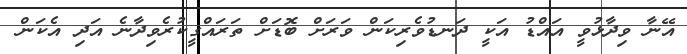
އޭނާ ވިދާޅުވީ އައްޑު އަކީ ދަނޑުވެރިކަން ވަރަށް ބޮޑަށް ތަރައްގީކުރެވިދާނެ އަދި އެކަން